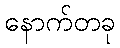
နောက်တခု